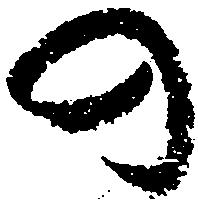
の